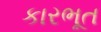
કારભૂત